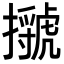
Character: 𢸗